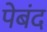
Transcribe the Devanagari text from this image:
पेबंद